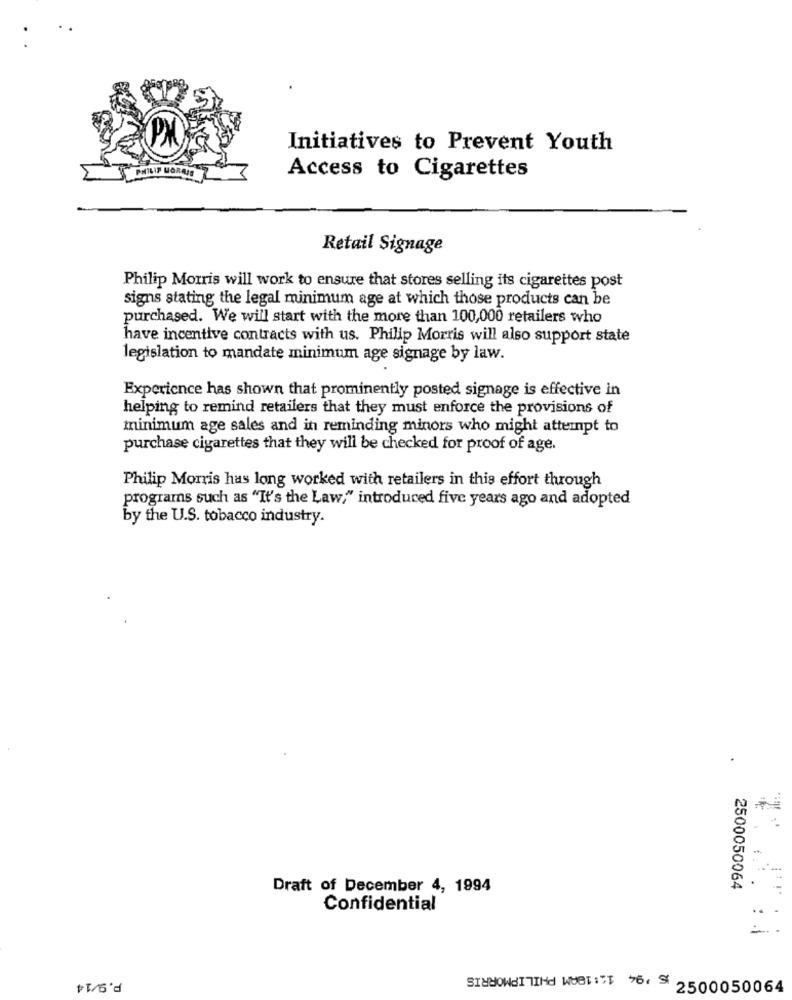
Initiatives to Prevent Youth
Access to Cigarettes
Retail Signage
Philip Morris will work to ensure that stores selling its cigarettes post
signs stating the legal minimum age at which those products can be
purchased. We will start with the more than 100,000 retailers who
have incentive contracts with us. Philip Morris will also support state
legislation to mandate minimum age signage by law.
Experience has shown that prominently posted signage is effective in
helping to remind retailers that they must enforce the provisions of
minimum age sales and in reminding minors who might attempt to
purchase cigarettes that they will be checked for proof of age.
Philip Morris has long worked with retailers in this effort through
programs such as "It's the Law," introduced five years ago and adopted
by the U.S. tobacco industry.
.
Draft of December 4, 1994
2500050064
Confidential
.. .
1
P.9/14
SINSOWEITIHd WHAT :"T 76. 2500050064